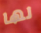
لها